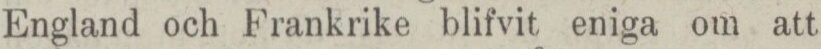
England och Frankrike blifvit eniga om att